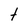
Character: t